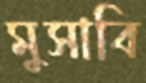
মুসাবি